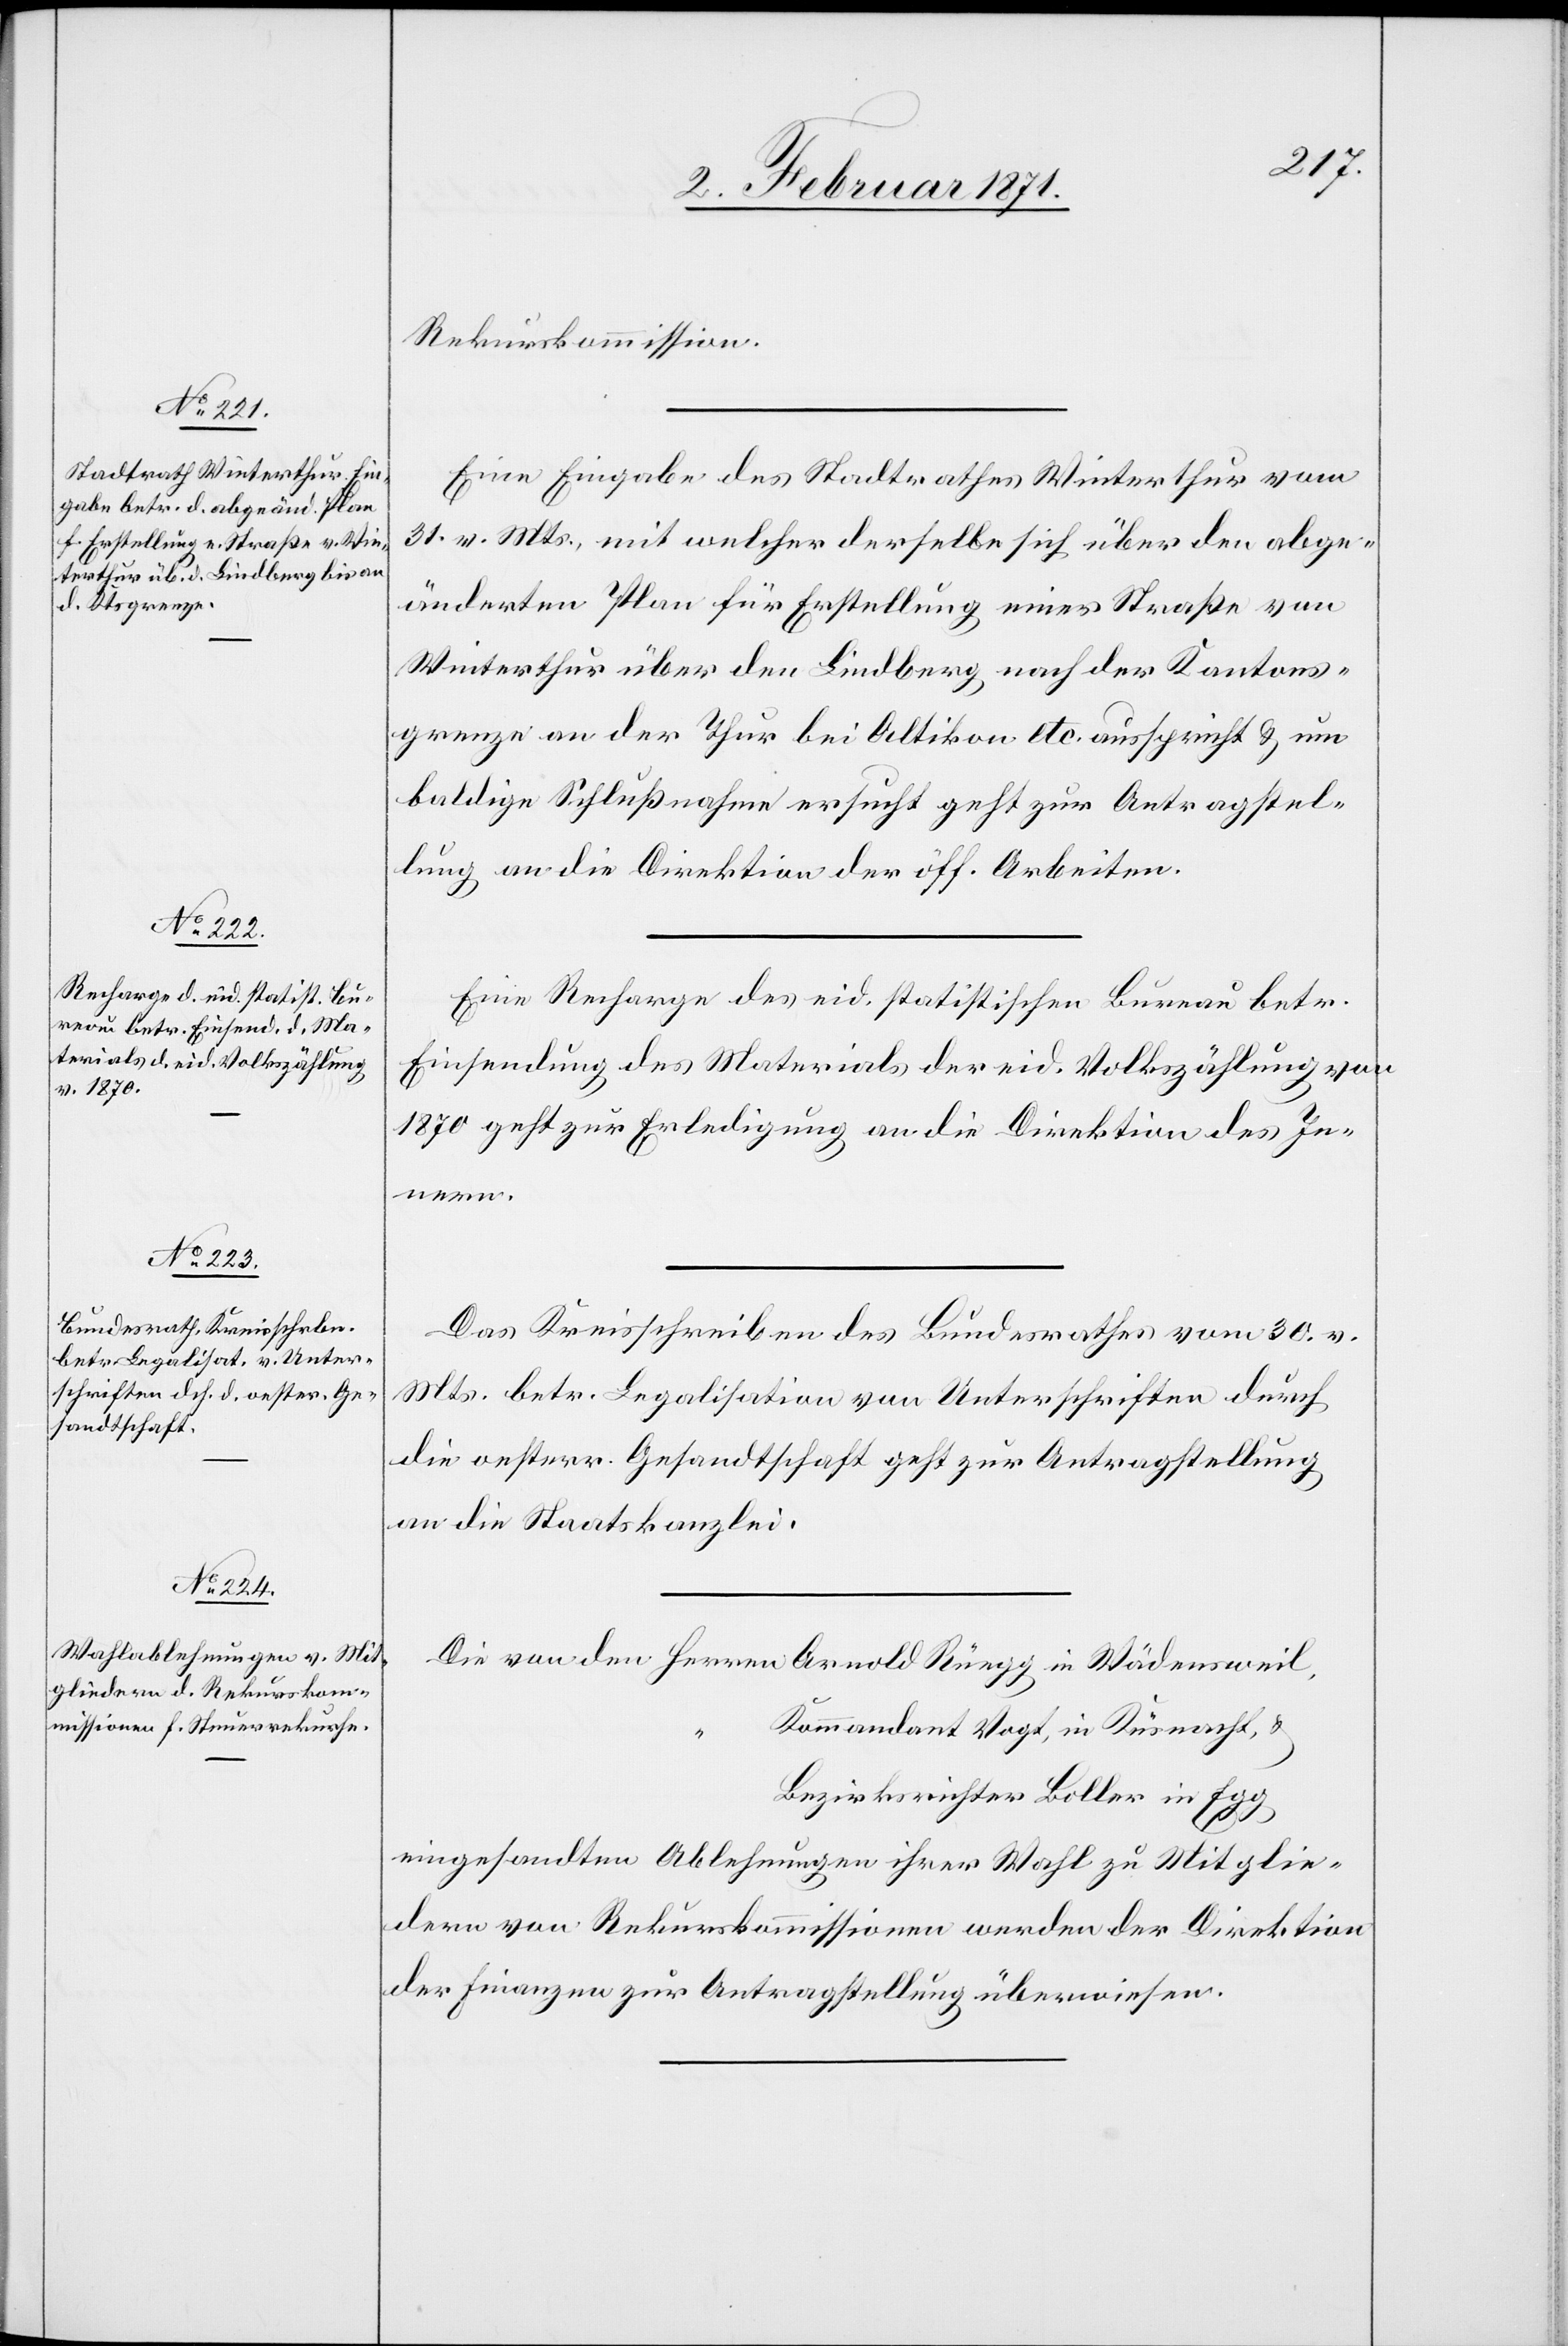
2. Februar 1871.]
Rekurskommission.
Eine Eingabe des Stadtrathes Winterthur vom
31. v. Mts., mit welcher derselbe sich über den abge¬
änderten Plan für Erstellung einer Straße von
Winterthur über den Lindberg nach der Kantons¬
grenze an der Thur bei Altikon etc. ausspricht u. um
baldige Schlußnahme ersucht geht zur Antragstel¬
lung an die Direktion der öff. Arbeiten.
Eine Recharge des eid. statistischen Bureau betr.
Einsendung des Materials der eid. Volkszählung von
1870 zur Erledigung an die Direktion des In¬
nern.
Das Kreisschreiben des Bundesrathes vom 30. v.
Mts. betr. Legalisation von Unterschriften durch
die oesterr. Gesandtschaft geht zur Antragstellung
an die Staatskanzlei.
Die von den Herren Arnold Rüegg in Wädensweil
Kommandant Vogt, in Küsnacht, u.
Bezirksrichter Boller in Egg
eingesandten Ablehnungen ihrer Wahl zu Mitglie¬
dern von Rekurskommissionen werden der Direktion
der Finanzen zur Antragstellung überweisen.